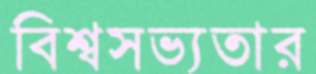
বিশ্বসভ্যতার